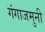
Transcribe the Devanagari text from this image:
गंगाजमुनी